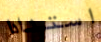
استنادا